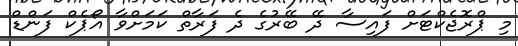
މި ޕްރޮޖެކްޓަށް ފައިސާ ދޭ ބޭރުގެ ދެ ފަރާތް ކަމަށްވާ އޯޕެކް ފަންޑް